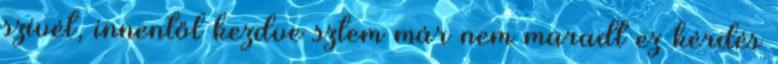
szívét, innentől kezdve sztem már nem maradt ez kérdés